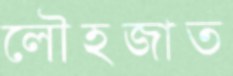
লৌহজাত